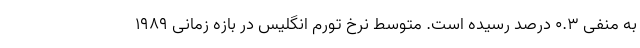
به منفی ۰.۳ درصد رسیده است. متوسط نرخ تورم انگلیس در بازه زمانی ۱۹۸۹